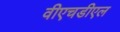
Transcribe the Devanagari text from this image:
वीएचडीएल